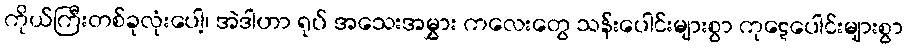
ကိုယ်ကြီးတစ်ခုလုံးပေါ့၊ အဲဒါဟာ ရုပ် အသေးအမွှား ကလေးတွေ သန်းပေါင်းများစွာ ကုဋေပေါင်းများစွာ